Indian Civil Veterinary Department memoirs
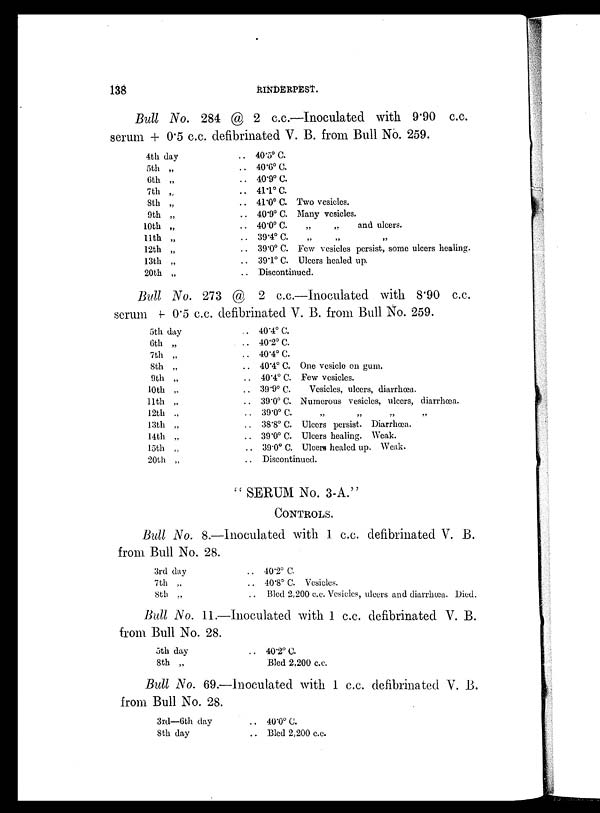
138
RINDERPEST.
Bull No. 284 @ 2 c.c.—Inoculated with 9.90 c.c.
serum + 0.5 c.c. defibrinated V. B. from Bull No. 259.
4th day
5th „
6th „
7th „
8th „
9th „
10th „
11th „
12th „
13th „
20th „
.. 40.5º C.
.. 40.6º C.
.. 40.9º C.
.. 41.1º C.
.. 41.0º C. Two vesicles.
.. 40.9º C. Many vesicles.
.. 40.0º C.
„
„
and ulcers.
.. 39.4º C. „ „ „
.. 39.0º C. Few vesicles persist, some ulcers healing.
.. 39.1º C. Ulcers healed up.
.. Discontinued.
Bull No. 273 @ 2 c.c.—Inoculated with 8.90 c.c.
serum + 0.5 c.c. defibrinated V. B. from Bull No. 259.
5th day
6th „
7th „
8th „
9th „
10th „
11th „
12th „
13th „
14th „
15th „
20th „
„ 40.4º C.
.. 40.2º C.
.. 40.4º C
.. 40.4º C. One vesicle on gum.
.. 40.4º C. Few vesicles.
.. 39.9º C.
Vesicles, ulcers, diarrhœa.
.. 39.0º C. Numerous vesicles, ulcers, diarrhœa.
.. 39.0º C. „ „ „ „
.. 38.8º C. Ulcers persist. Diarrhœa.
.. 39.0º C. Ulcers healing. Weak.
.. 39.0º C. Ulcere healed up. Weak.
.. Discontinued.
" SERUM No. 3-A."
CONTROLS.
Bull No. 8.—Inoculated with 1 c.c. defibrinated V. B.
from Bull No. 28.
3rd day
7th „
8th „
.. 40.2º C.
.. 40.8º C. Vesicles.
.. Bled 2,200 c.c. Vesicles, ulcers and diarrhoea. Died.
Bull No. 11.—Inoculated with 1 c.c. defibrinated V. B.
from Bull No. 28.
5th day
8th „
.. 40.2º C.
Bled 2,200 c.c.
Bull No. 69.—Inoculated with 1 c.c. defibrinated V. B.
from Bull No. 28.
3rd—6th day
8th day
.. 40.0º C.
.. Bled 2,200 c.c.